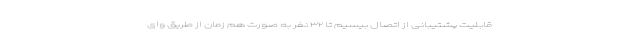
قابلیت پشتیبانی از اتصال بیسیم تا ۳۲ نفر به صورت هم زمان از طریق وای